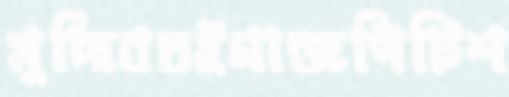
মুছিবতইগান্জপিটিশ